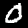
Label: 0